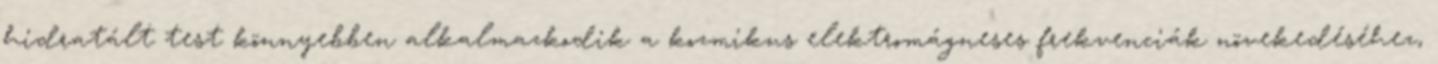
hidratált test könnyebben alkalmazkodik a kozmikus elektromágneses frekvenciák növekedéséhez,